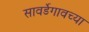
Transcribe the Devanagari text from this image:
सावर्डेगावच्या